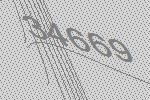
34669